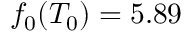
f _ { 0 } ( T _ { 0 } ) = 5 . 8 9